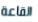
القاعة